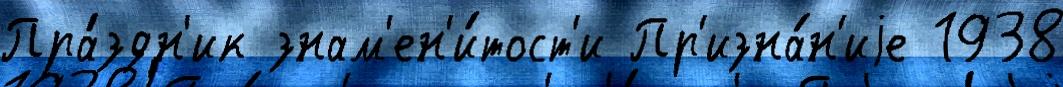
Пра́здн'ик знам'ен'и́тост'и Пр'изна́н'иjе 1938